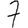
Digit: 7